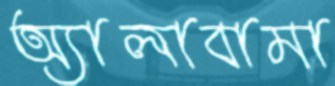
অ্যালাবামা